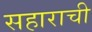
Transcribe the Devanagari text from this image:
सहाराची